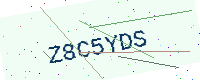
Text: Z8C5YDS